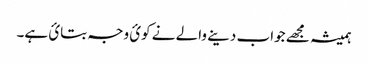
ہمیشہ مجھے جواب دینے والے نے کوئ وجہ بتائ ہے۔